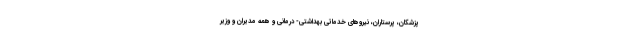
پزشکان، پرستاران، نیروهای خدماتی بهداشتی- درمانی و همه مدیران و وزیر